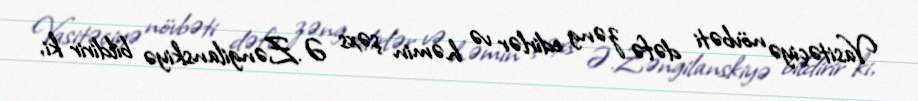
Vasitəçiyə növbəti dəfə zəng edirlər və həmin şəxs Ə.Zəngilanskiyə bildirir ki,